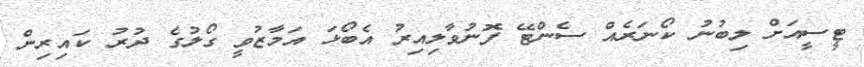
ޓީސީއަށް ލިބުނު ކޯނަރެއް ސެންޓޭ ފޮނުވާލިއިރު އެބޯޅަ އަމާޒުވީ ގޯލުގެ ދުރު ކައިރިން